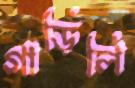
গাড়িলি